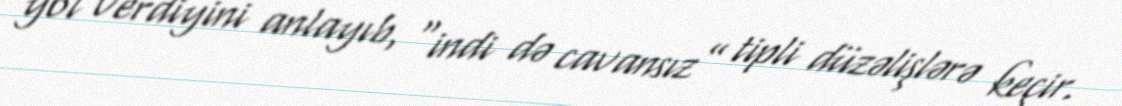
yol verdiyini anlayıb, “indi də cavansız” tipli düzəlişlərə keçir.